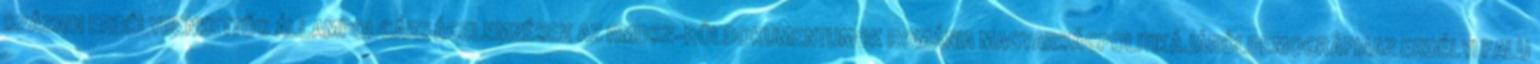
SZÁZADI ERDÉLYBENKETTŐS ÁLLAMPOLGÁRSÁGELEMZÉSEK AZ RMDSZ-RŐLDOKUMENTUMOK ROMÁNIA MAGYARSÁGPOLITIKÁJÁRÓLDEMOGRÁFIAAZ ERDÉLYI FALU